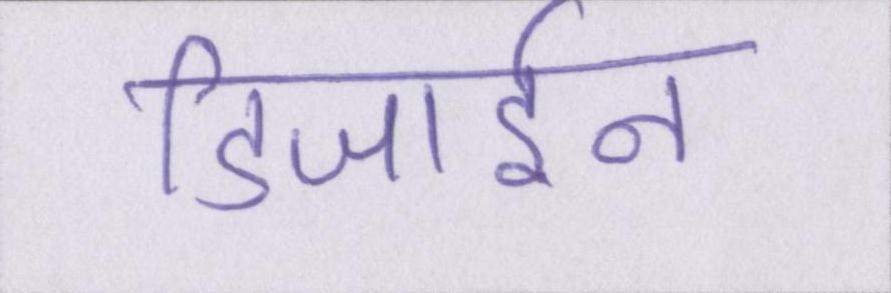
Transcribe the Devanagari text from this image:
डिजाईन